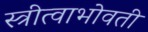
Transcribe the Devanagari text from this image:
स्त्रीत्वाभोवती